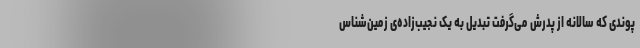
پوندی که سالانه از پدرش می‌گرفت تبدیل به یک نجیب‌زاده‌ی زمین‌شناس